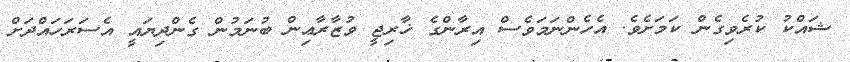
ޝައްކު ކުރެވިގެން ކަމަށެވެ. އެހެންނަމަވެސް އިރާންގެ ޚާރިޖީ ވުޒާރާޢިން ބުނަމުން ގެންދިޔައީ އެސަރަހައްދަށް